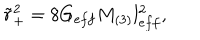
LaTeX: \tilde { r } _ { + } ^ { 2 } = 8 G _ { e f f } M _ { ( 3 ) } l _ { e f f } ^ { 2 } ,